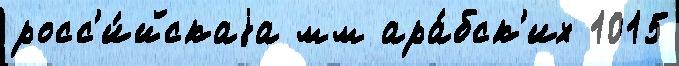
росс'и́йскаjа мм ара́бск'их 1015